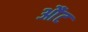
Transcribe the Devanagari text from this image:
औंट